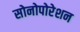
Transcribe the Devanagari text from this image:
सोनोपोरेशन